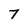
Character: 7